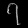
Digit: ၇